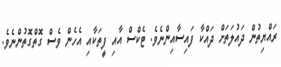
ރައްޔިތުން ދައުލަތަށް ދައްކާ ފައިސާއިންނެވެ. ޓެކްސް އާއި ފީތަކާއި އެހެން ވެސް ގޮތްގޮތުންނެވެ.